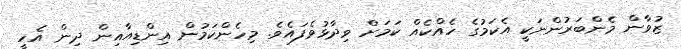
ޒުވާން މެންބަރުންނަކީ އެކަމުގެ ހެއްކެއް ކަމަށް ވިދާޅުވެފައެވެ. މިހެންކަމުން އިންޑިއާއިން ދިން އެހީ